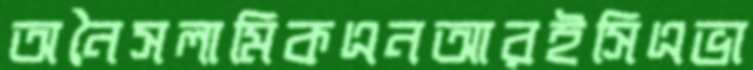
অনৈসলামিকএনআরইসিএভা